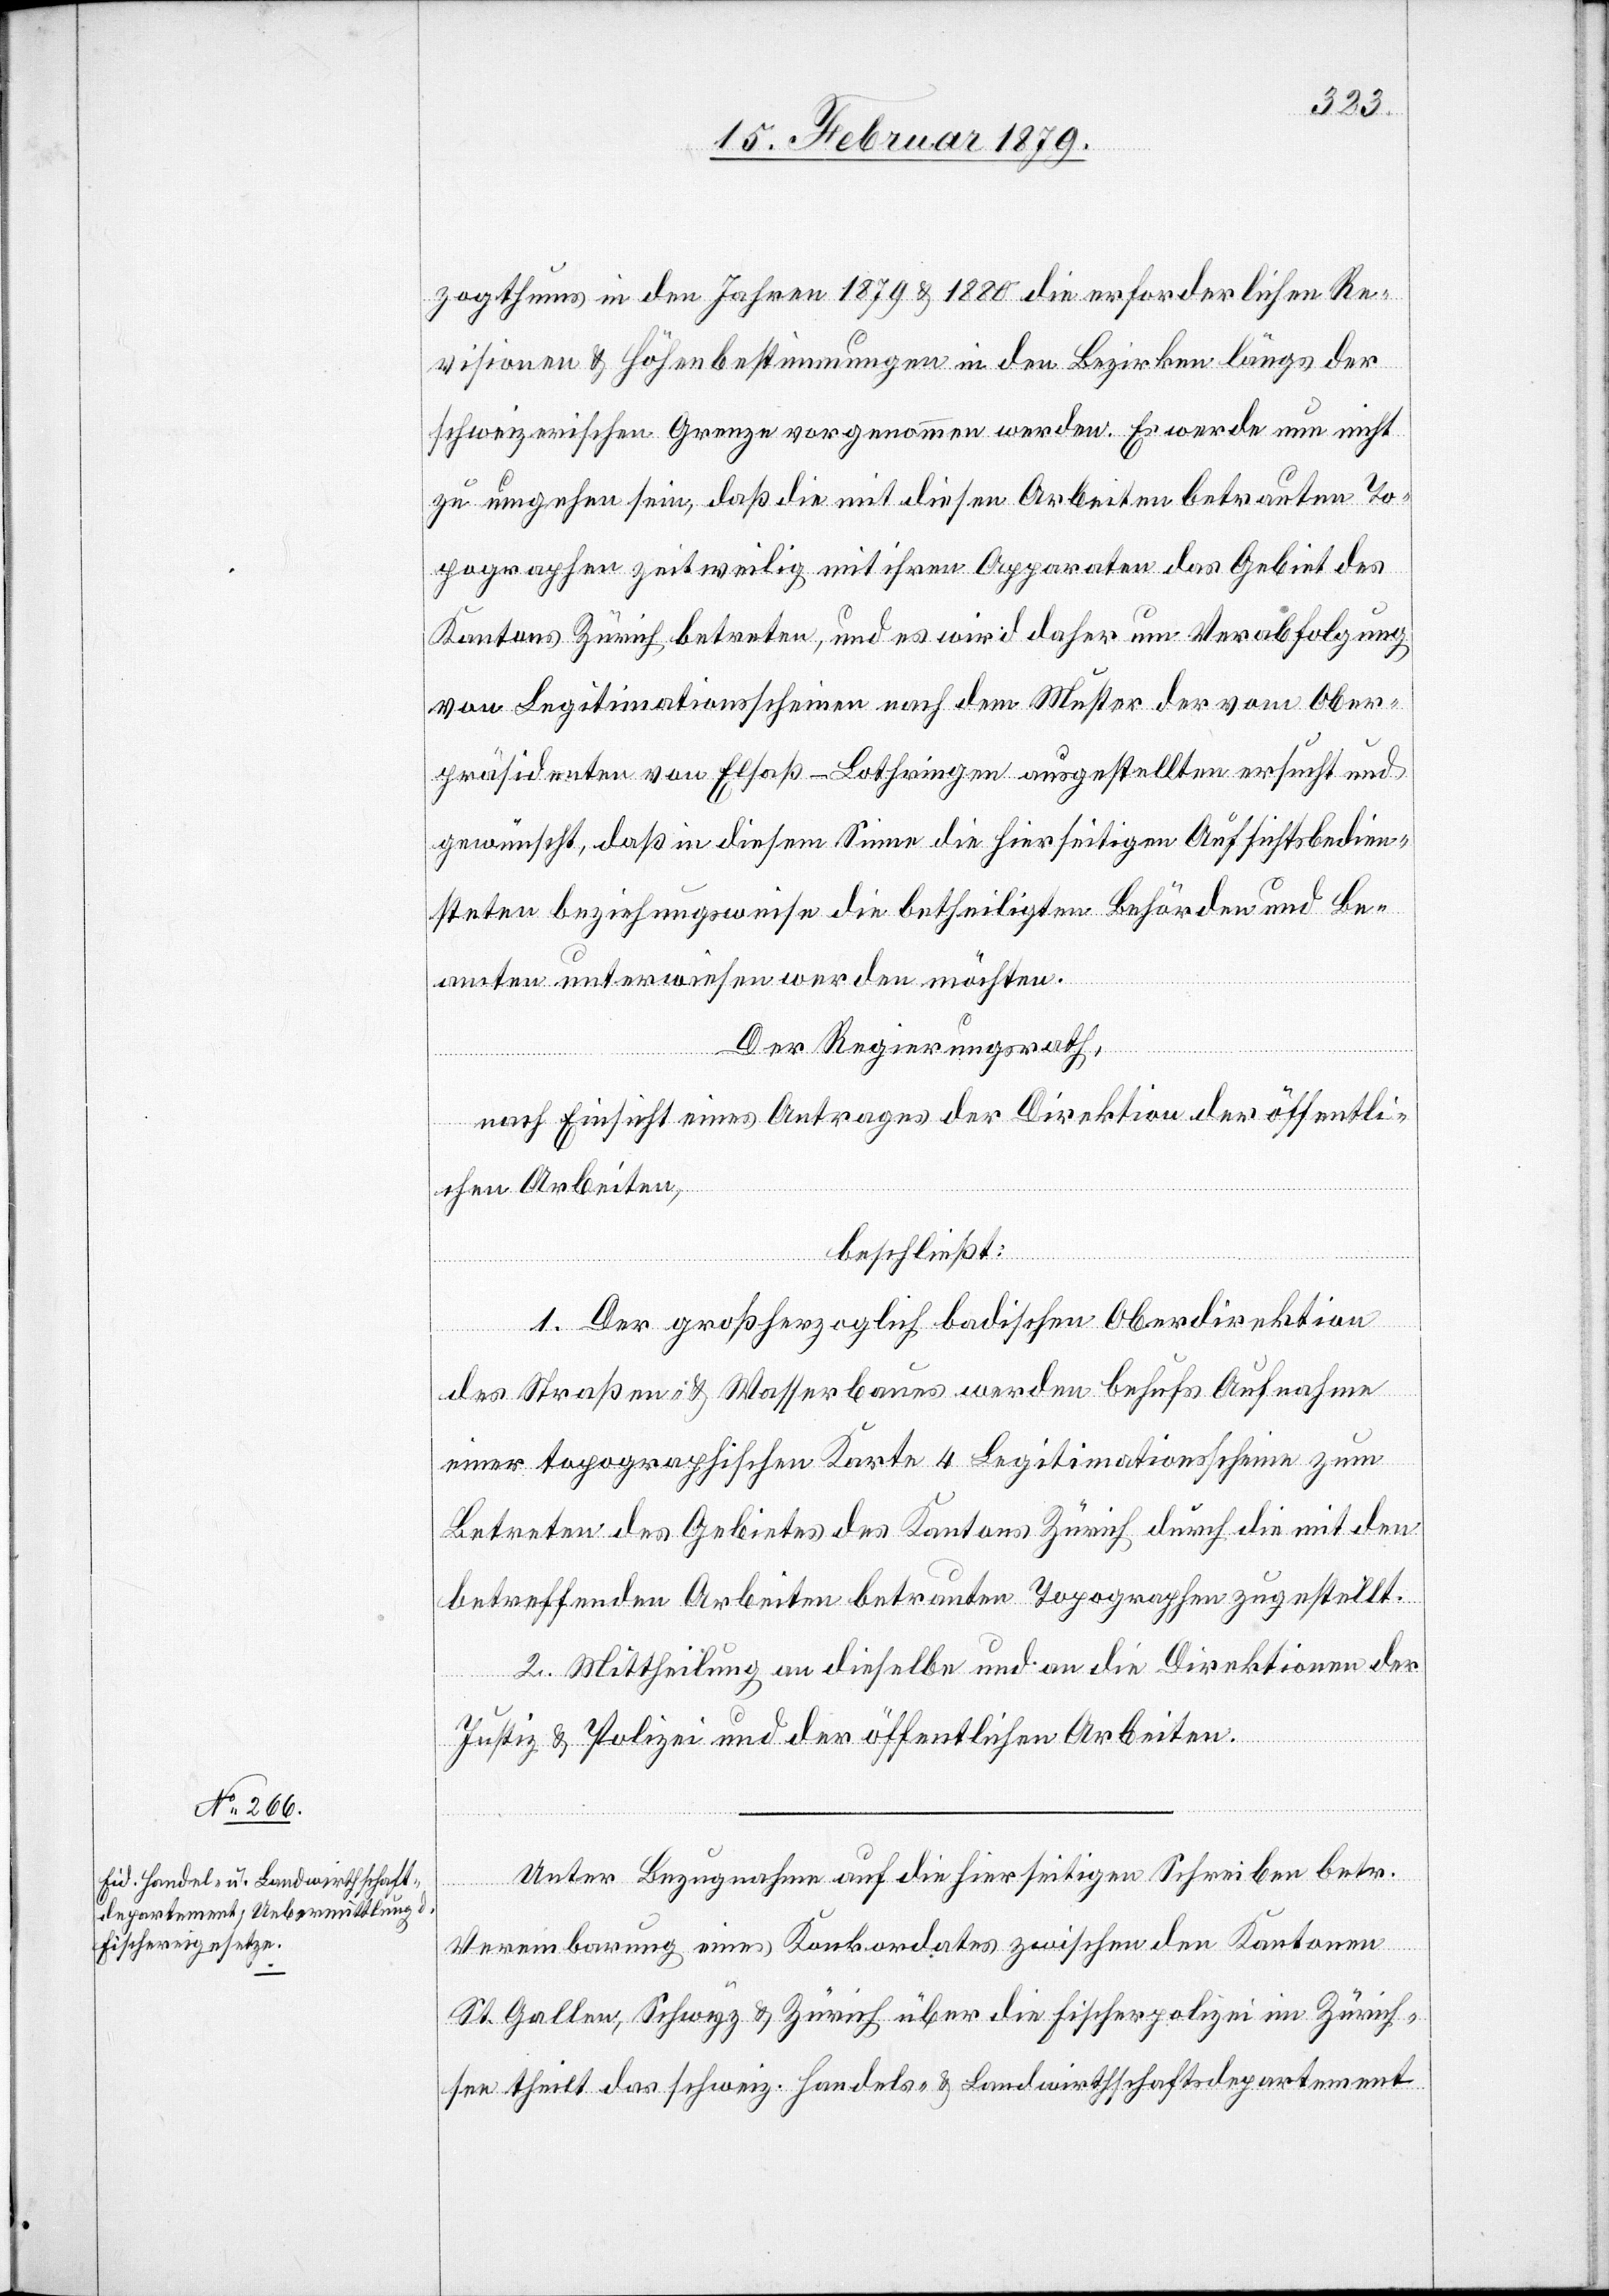
zogthums in den Jahren 1879 & 1880 die erforderlichen Re¬
visionen & Höhenbestimmungen in den Bezirken längs der
schweizerischen Grenze vorgenommen werden. Es werde nun nicht
zu umgehen sein, daß die mit diesen Arbeiten betrauten To¬
pographen zeitweilig mit ihren Apparaten das Gebiet des
Kantons Zürich betreten, und es wird daher um Verabfolgung
von Legitimationsscheinen nach dem Muster der vom Ober¬
präsidenten von Elsaß-Lothringen ausgestellten ersucht und
gewünscht, daß in diesem Sinne die hierseitigen Aufsichtsbedien¬
steten beziehungsweise die betheiligten Behörden und Be¬
amten unterwiesen werden möchten.
Der Regierungsrath,
nach Einsicht eines Antrages der Direktion der öffentli¬
chen Arbeiten,
beschließt:
1. Der großherzoglich badischen Oberdirektion
des Straßen- & Wasserbaues werden behufs Aufnahme
einer topographischen Karte 4 Legitimationsscheine zum
Betreten des Gebietes des Kantons Zürich durch die mit den
betreffenden Arbeiten betrauten Topographen zugestellt.
2. Mittheilung an dieselbe und an die Direktionen der
Justiz & Polizei und der öffentlichen Arbeiten.
Unter Bezugnahme auf die hierseitigen Schreiben betr.
Vereinbarung eines Konkordates zwischen den Kantonen
St. Gallen, Schwyz & Zürich über die Fischerpolizei im Zürich¬
see theilt das schweiz. Handels- & Landwirthschaftsdepartement